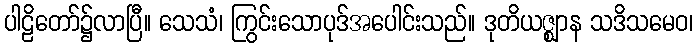
ပါဠိတော်၌လာပြီ။ သေသံ၊ ကြွင်းသောပုဒ်အပေါင်းသည်။ ဒုတိယဇ္ဈာန သဒိသမေဝ၊